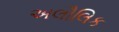
અલૌલિક